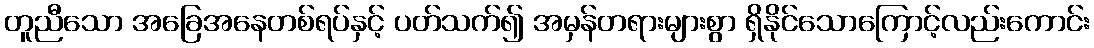
တူညီသော အခြေအနေတစ်ရပ်နှင့် ပတ်သက်၍ အမှန်တရားများစွာ ရှိနိုင်သောကြောင့်လည်းကောင်း